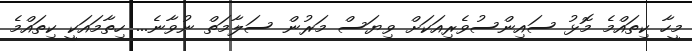
މީހާ ކިތައްމެ މޮޅު ސައިންސުވެރިއަކަށް ވިޔަސް މަރުން ސަލާމަތް ނުވާނެ... ހިތާމައަކީ ކިތައްމެ